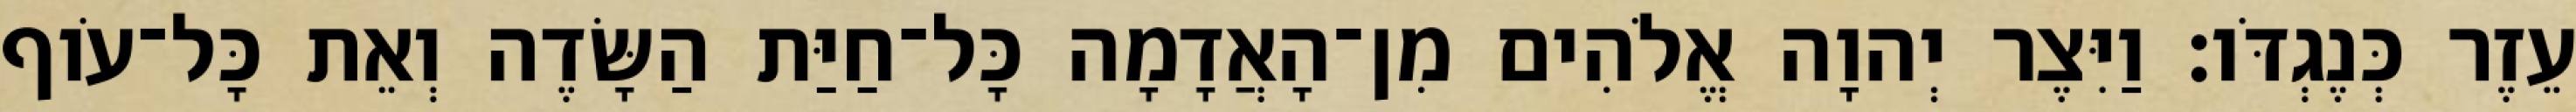
עֵזֶר כְּנֶגְדֹּו׃ וַיִּצֶר יְהוָה אֱלֹהִים מִן־הָאֲדָמָה כָּל־חַיַּת הַשָּׂדֶה וְאֵת כָּל־עֹוף